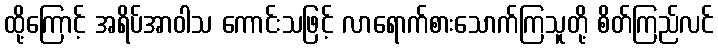
ထို့ကြောင့် အရိပ်အာဝါသ ကောင်းသဖြင့် လာရောက်စားသောက်ကြသူတို့ စိတ်ကြည်လင်